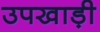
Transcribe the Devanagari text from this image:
उपखाड़ी